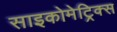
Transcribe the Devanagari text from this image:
साइकोमेट्रिक्स